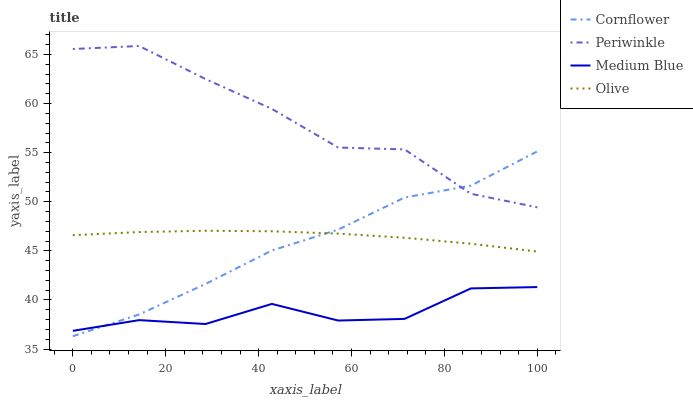
| xaxis_label | Cornflower | Periwinkle | Medium Blue | Olive |
 | --- | --- | --- | --- | --- |
 | 0 | 36.3 | 65.6 | 36.9 | 46.6 |
 | 14.3 | 38.5 | 65.9 | 37.9 | 46.9 |
 | 28.6 | 41.6 | 62.5 | 37.5 | 47 |
 | 42.9 | 45 | 59.5 | 39.6 | 47 |
 | 57.1 | 47.2 | 55.5 | 37.9 | 46.8 |
 | 71.4 | 50.4 | 55.3 | 38.1 | 46.3 |
 | 85.7 | 51.6 | 50.8 | 41.2 | 45.7 |
 | 100 | 55.1 | 49.4 | 41.3 | 44.9 |